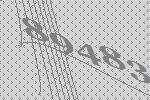
89483